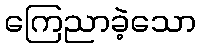
ကြေညာခဲ့သော